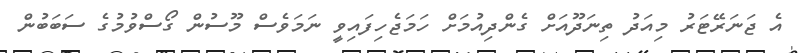
އެ ޖަނަރޭޓަރު މިއަދު ތިނަދޫއަށް ގެންދިއުމަށް ހަމަޖެހިފައިވީ ނަމަވެސް މޫސުން ގޯސްވުމުގެ ސަބަބުން